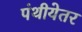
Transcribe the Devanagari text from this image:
पंथीयेतर